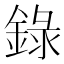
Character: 錄